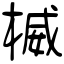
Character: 楲